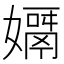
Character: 𡢓